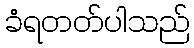
ခံရတတ်ပါသည်